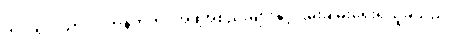
တိုင်းရင်းသားလက်နက်ကိုင်အဖွဲ့အစည်းများနှင့်ငြိမ်းချမ်းရေးရယူခဲ့သည်။